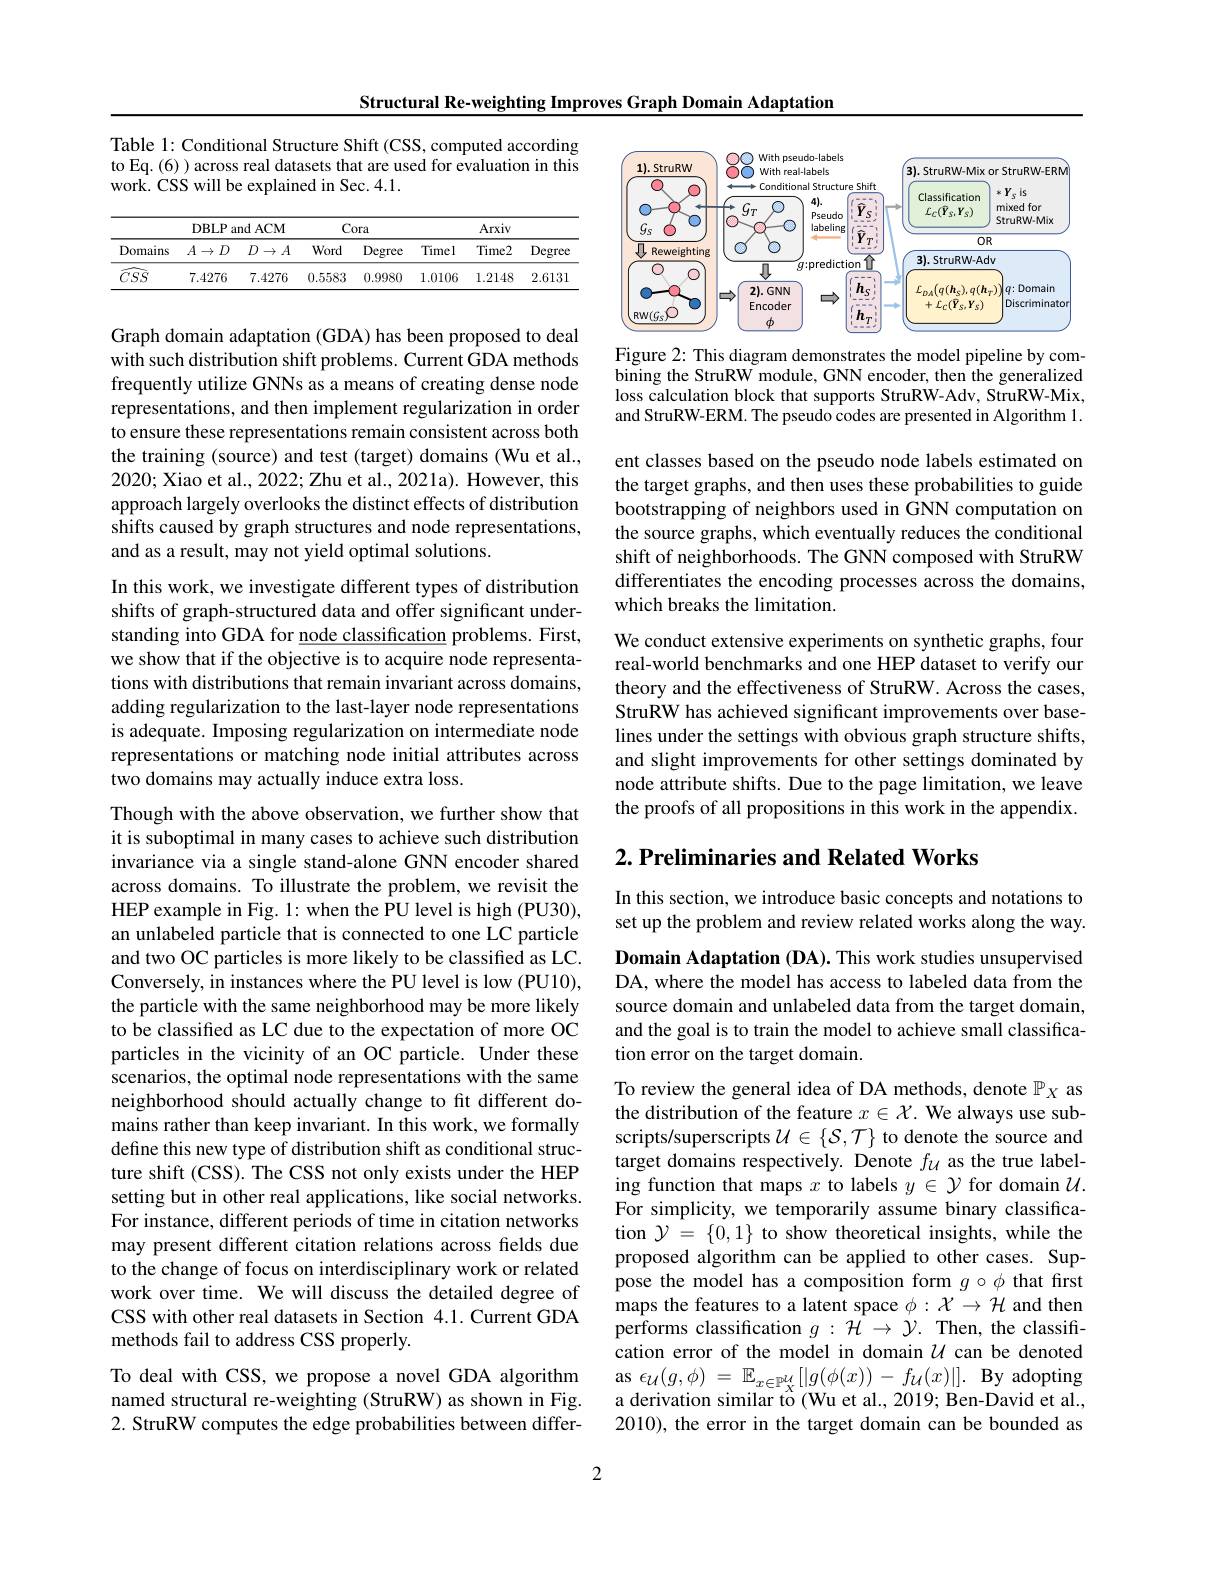
Structural Re-weighting Improves Graph Domain Adaptation

Table 1: Conditional Structu to Eq.(6) ) across real datasets that are used for evaluation in this work. CSS will be explained in Sec. 4.1.

<table>
	<tbody>
		<tr>
			<th rowspan="2">Domains</th>
			<th colspan="2">DBLP and ACM</th>
			<th colspan="2">Cora</th>
			<th colspan="3">Arxiv</th>
		</tr>
		<tr>
			<th>$A\to$ $D$</th>
			<th>$D$ $1\to A$</th>
			<th>Word</th>
			<th>Degree</th>
			<th>Timel</th>
			<th>Time2</th>
			<th>Degree</th>
		</tr>
		<tr>
			<td>$\widehat{CSS}$</td>
			<td>7.4276</td>
			<td>7.4276</td>
			<td>0.5583</td>
			<td>0.9980</td>
			<td>1.0106</td>
			<td>1.2148</td>
			<td>2.6131</td>
		</tr>
	</tbody>
</table>

Graph domain adaptation (GDA) has been proposed to deal with such distribution shift problems. Current GDA methods frequently utilize GNNs as a representations, and then implement regularization in order to ensure these representations remain consistent across both the training (source) and test (target) domains (Wu et al., 2020; Xiao et al., 2022; Zhu et al., 2021a). However, this approach largely overlooks the distinct effects of distribution shifts caused by graph structures and node representations, and as a result, may not yie

In this work, we investigate different types of distribution shifts of graph-structured data and offer significant understanding into GDA for node classification problems. First, we show that if the objective is to acquire node representations with distributions that remain invariant across domains, adding regularization to the last-layer node representations is adequate. Imposing regula representations or matching node initial attributes across two domains may actually induce extra loss.

Though with the above observation, we further show that it is suboptimal in many cases to achieve such distribution invariance via a single stand-alone GNN encoder shared across domains. To illustrate the problem, we revisit the HEP example in Fig. 1: when the PU level is high (PU30), an unlabeled particle that is connected to one LC particle and two OC particles is more likely to be classified as LC. Conversely, in instances whe the particle with the same neighborhood may be more likely to be classified as LC due to the expectation of more OC particles in the vicinity of an OC particle. Under these scenarios, the optimal node representations with the same neighborhood should actually change to fit different domains rather than keep invariant. In this work, we formally define this new type of distribution shift as conditional structure shift (CSS). The CSS not only exists under the HEP setting but in other real ap For instance, different peri may present different citati to the change of focus on interdisciplinary work or related work over time. We will discuss the detailed degree of CSS with other real datasets in Section 4.1. Current GDA methods fail to address CSS properly.
To deal with CSS, we propose a novel GDA algorithm named structural re-weighting (StruRW) as shown in Fig. 2. StruRW computes the edge probabilities between differ-

2

<FigureHere>

Figure 2: This diagram demonstrates the model pipeline by combining the StruRW module, GNN encoder, then the generalized loss calculation block that and StruRW-ERM. The pseudo codes are presented in Algorithm 1.

ent classes based on the pse the target graphs, and then uses these probabilities to guide bootstrapping of neighbors used in GNN computation on the source graphs, which eventually reduces the conditional shift of neighborhoods. The GNN composed with StruRW differentiates the encoding processes across the domains, which breaks the limitation.

We conduct extensive experiments on synthetic graphs, four real-world benchmarks and on theory and the effectiveness of StruRW. Across the cases, StruRW has achieved significant improvements over baselines under the settings with obvious graph structure shifts, and slight improvements for other settings dominated by node attribute shifts. Due t the proofs of all propositions in this work in the appendix.

## $2. \textbf{ Preliminaries and Related Works}$

In this section, we introduce basic concepts and notations to set up the problem and review related works along the way.

Domain Adaptation (DA). This work studies unsupervised DA, where the model has acce source domain and unlabeled data from the target domain, and the goal is to train the model to achieve small classification error on the target domain.

To review the general idea of DA methods, denote $\mathbb{P}_X$ as the distribution of the feature $x\in\mathcal{X}.$ We always use subscripts/superscripts $\mathcal{U}\in\{\mathcal{S},\mathcal{T}\}$ to denote the source and target domains respectively. Denote $f_{\mathcal{U}}$ as the true labeling function that maps $x$ t For simplicity, we temporarily assume binary classification $\mathcal{Y}=\{0,1\}$ to show th proposed algorithm can be applied to other cases. Suppose the model has a composition form $g\circ\phi$ that first maps the features to a latent space $\phi:\mathcal{X}\to\mathcal{H}$ and then performs classification $g:\mathcal{H}\to\mathcal{Y}.$ Then, the classification error of the model in domain $U$ can be denoted $\begin{array}{l}\mathrm{as~}\epsilon_{\mathcal{U}}(g,\phi)\:=\:\mathbb{E}_{x\in\mathbb{P}_{\mathcal{X}}^{\mathcal{U}}}[|g(\phi(x))-f_{\mathcal{U}}(x)|].\:\mathrm{By~adopting}\\\text{a derivation similar to (Wu et al., 2019; Ben-David et al.}\end{array}$ 2010), the error in the target domain can be bounded as